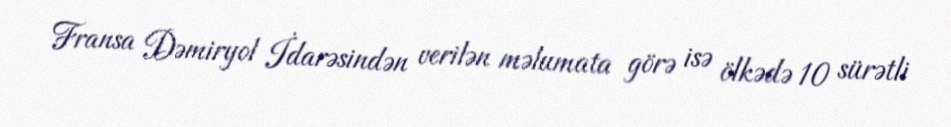
Fransa Dəmiryol İdarəsindən verilən məlumata görə isə ölkədə 10 sürətli